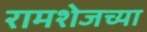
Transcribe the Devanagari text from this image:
रामशेजच्या